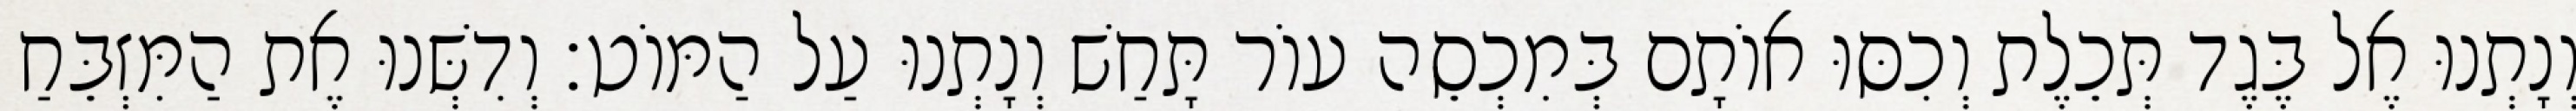
וְנָתְנוּ אֶל בֶּגֶד תְּכֵלֶת וְכִסּוּ אוֹתָם בְּמִכְסֵה עוֹר תָּחַשׁ וְנָתְנוּ עַל הַמּוֹט׃ וְדִשְּׁנוּ אֶת הַמִּזְבֵּחַ